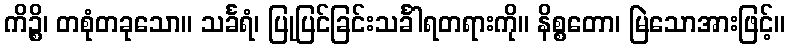
ကိဉ္စိ၊ တစုံတခုသော။ သင်္ခရံ၊ ပြုပြင်ခြင်းသင်္ခါရတရားကို။ နိစ္စတော၊ မြဲသောအားဖြင့်။